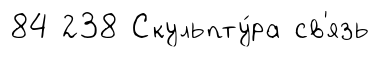
84 238 Скульпту́ра св'язь